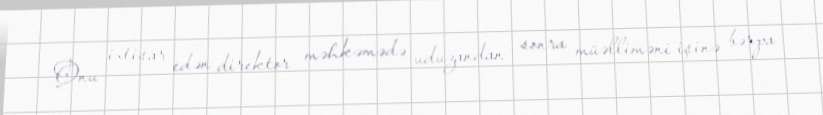
Onu ixtisar edən direktor məhkəmədə uduzandan sonra müəlliməni işinə bərpa